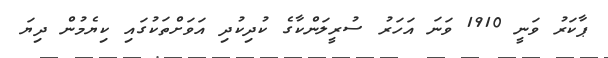
ޕާކަރު ވަނީ 1910 ވަނަ އަހަރު ސުރީލަންކާގެ ކުދިކުދި އަވަށްތަކުގައި ކިޔެމުން ދިޔަ